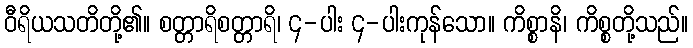
ဝီရိယသတိတို့၏။ စတ္တာရိစတ္တာရိ၊ ၄-ပါး ၄-ပါးကုန်သော။ ကိစ္စာနိ၊ ကိစ္စတို့သည်။